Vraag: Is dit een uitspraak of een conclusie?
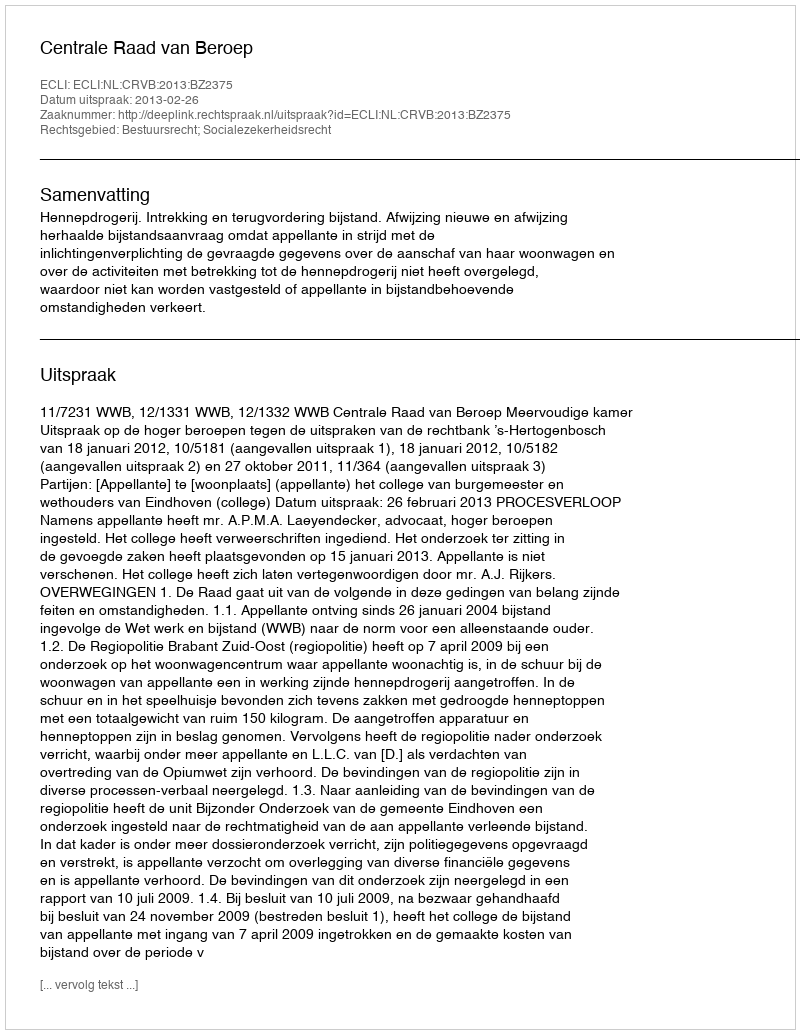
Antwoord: Uitspraak